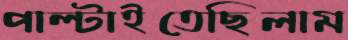
পাল্‌টাইতেছিলাম